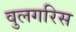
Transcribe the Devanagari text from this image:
वुलगरिस